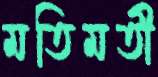
মতিমতী